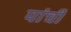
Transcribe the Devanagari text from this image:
पांची